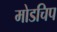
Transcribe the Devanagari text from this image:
मोडचिप